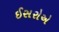
ઈસરોએ